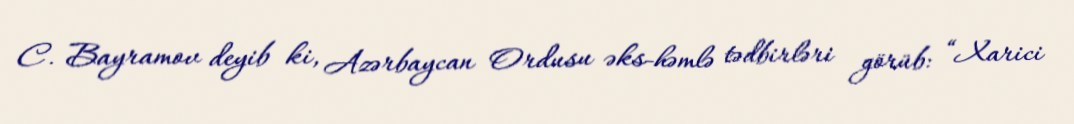
C. Bayramov deyib ki, Azərbaycan Ordusu əks-həmlə tədbirləri görüb: “Xarici